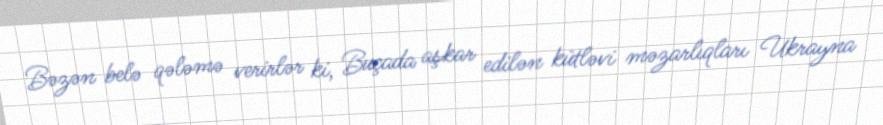
Bəzən belə qələmə verirlər ki, Buçada aşkar edilən kütləvi məzarlıqları Ukrayna